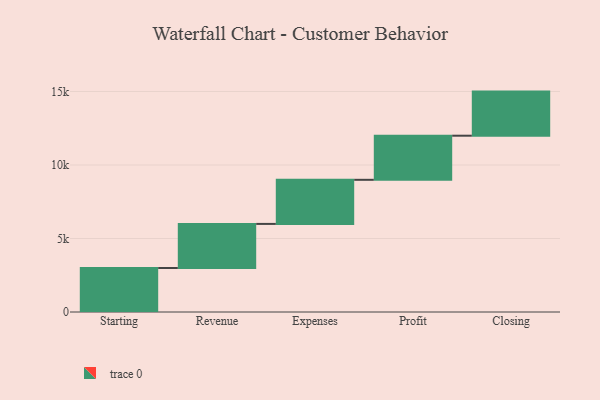
{"axis": {"x": "Step", "y": "Value"}, "legend": [""], "data": [{"x": "Starting", "y": 2992.0, "type": ""}, {"x": "Revenue", "y": 3000, "type": ""}, {"x": "Expenses", "y": 3000, "type": ""}, {"x": "Profit", "y": 3000, "type": ""}, {"x": "Closing", "y": 3000, "type": ""}]}